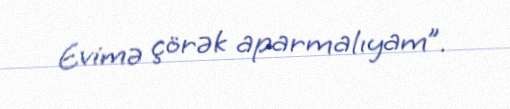
Evimə çörək aparmalıyam”.